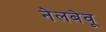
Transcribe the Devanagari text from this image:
नेलबेवू